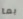
بما